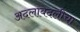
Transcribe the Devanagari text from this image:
अदलाबदलीचा